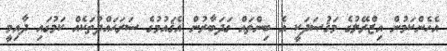
އެހެންކަމުން އިޒްރޭލުގެ މަޤުޞަދަކީ އެ ބިންތައް ގަދަބާރުން އެޤައުމުގެ ސަރަޙައްދުތަކެއް ކަމުގައި ދާއިމީ